Indian journal of veterinary science and animal husbandry - Volumes 15-17, 1948-1951
Year: 1948
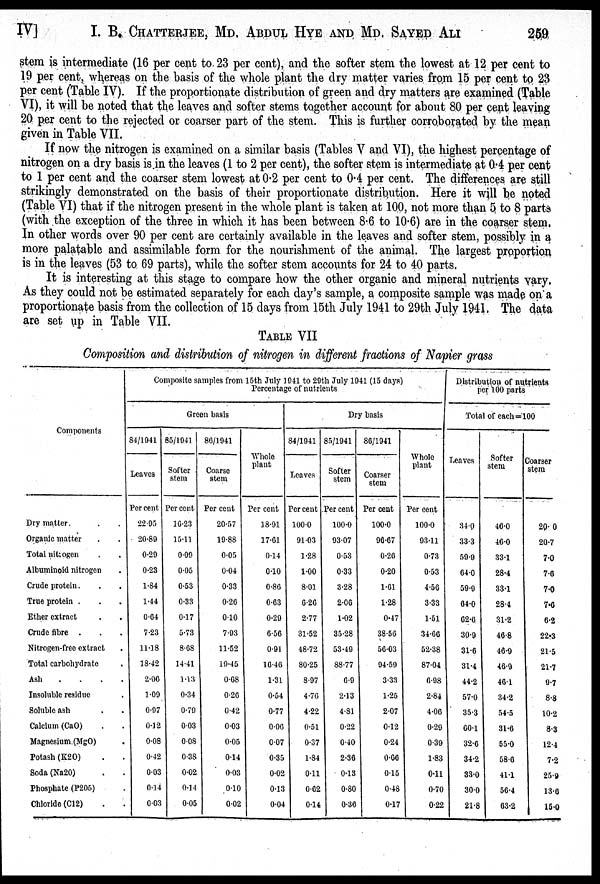
IV] I. B. CHATTERJEE, MD. ABDUL HYE AND MD. SAYED ALI 259
stem is intermediate (16 per cent to 23 per cent), and the softer stem the lowest at 12 per cent to
19 per cent, whereas on the basis of the whole plant the dry matter varies from 15 per cent to 23
per cent (Table IV). If the proportionate distribution of green and dry matters are examined (Table
VI), it will be noted that the leaves and softer stems together account for about 80 per cent leaving
20 per cent to the rejected or coarser part of the stem. This is further corroborated by the mean
given in Table VII.
If now the nitrogen is examined on a similar basis (Tables V and VI), the highest percentage of
nitrogen on a dry basis is in the leaves (1 to 2 per cent), the softer stem is intermediate at 0.4 per cent
to 1 per cent and the coarser stem lowest at 0.2 per cent to 0.4 per cent. The differences are still
strikingly demonstrated on the basis of their proportionate distribution. Here it will be noted
(Table VI) that if the nitrogen present in the whole plant is taken at 100, not more than 5 to 8 parts
(with the exception of the three in which it has been between 8.6 to 10.6) are in the coarser stem.
In other words over 90 per cent are certainly available in the leaves and softer stem, possibly in a
more palatable and assimilable form for the nourishment of the animal. The largest proportion
is in the leaves (53 to 69 parts), while the softer stem accounts for 24 to 40 parts.
It is interesting at this stage to compare how the other organic and mineral nutrients vary.
As they could not be estimated separately for each day's sample, a composite sample was made on a
proportionate basis from the collection of 15 days from 15th July 1941 to 29th July 1941. The data
are set up in Table VII.
TABLE VII
Composition and distribution of nitrogen in different fractions of Napier grass
Components
Dry matter. . .
Organic matter . .
Total nitrogen . .
Albuminoid nitrogen .
Crude protein. . .
True protein . . .
Ether extract . .
Crude fibre . . .
Nitrogen-free extract .
Total carbohydrate .
Ash
.
.
.
.
Insoluble residue .
Soluble ash . .
Calcium (CaO) . .
Magnesium.(MgO) . .
Potash (K20) . .
Soda (Na20) . .
Phosphate (P205) .
Chloride (C12) . .
Composite samples from 15th July 1041 to 29th July 1041 (15 days)
Green basis
84/1041
Leaves
Per cent
22.95
20.89
0.29
0.23
1.84
1.44
0.64
7.23
11.18
18.42
2.06
1.09
0.97
0.12
0.08
0.42
0.03
0.14
0.03
85/1941
Sorter
stem
Per cent
16.23
15.11
0.09
0.05
0.53
0.33
0.17
5.73
8.68
14.41
1.13
0.34
0.79
0.03
0.08
0.38
0.02
0.14
0.05
80/1941
Coarse
stem
Per cent
20.57
19.88
0.05
0.04
0.33
0.26
0.10
7.93
11.52
19.45
0.68
0.26
0.42
0.03
0.05
0.14
0.03
0.10
0.02
Whole
plant
Per cent
18.91
17.61
0.14
0.10
0.86
0.63
0.29
6.56
0.91
10.46
1.3.1
0.54
0.77
0.06
0.07
0.35
0.02
0.13
0.04
Dry basis
84/1941
Leaves
Per cent
100.0
91.03
1.28
1.00
8.01
6.26
2.77
31.52
48.72
80.25
8.97
4.76
4.22
0.51
0.37
1.84
0.11
0.62
0.14
85/1941
Softer
stem
Per cent
100.0
93.07
0.53
0.33
3.28
2.00
1.02
35.28
53.49
88.77
6.9
2.13
4.81
0.22
0.40
2.36
0.13
0.80
0.36
86/1941
Coarser
stem
Per cent
100.0
96.67
0.26
0.20
1.61
1.28
0.47
38.56
56.03
94.59
3.33
1.25
2.07
0.12
0.24
0.66
0.15
0.48
0.17
Whole
plant
Per cent
100.0
93.11
0.73
0.53
4.56
3.33
1.51
34.66
52.38
87.04
6.98
2.84
4.06
0.29
0.39
1.83
0.11
0.70
0.22
Distribution of nutrients
per 100 parts
Total of each=100
Leaves
34.0
33.3
59.9
64.0
59.9
64.0
62.6
30.9
31.6
31.4
44.2
57.0
35.3
60.1
32.6
34.2
33.0
30.0
21.8
Softer
stem
46.0
46.0
33.1
28.4
33.1
28.4
31.2
46.8
46.9
4.6.9
46.1
34.2
54.5
31.6
55.0
58.6
41.1
56.4
63.2
Coarser
stem
20. 0
20.7
7.0
7.0
7.0
7.6
6.2
22.3
21.5
21.7
9.7
8.8
10.2
8.3
12.4
7.2
25.9
13.6
15.0